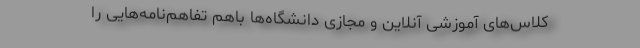
کلاس‌های آموزشی آنلاین و مجازی دانشگاه‌ها باهم تفاهم‌نامه‌هایی را